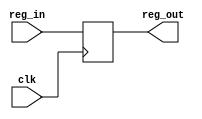
module Register(output [W-1:0] reg_out, input clk,input [W-1:0] reg_in);

	parameter W = 32;

	reg [W-1:0] Reg;

	assign reg_out = Reg; // puts value into register

	always@(posedge clk) // runs the clock.
		begin
		Reg <= reg_in;
		end

endmodule